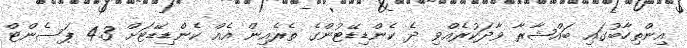
އިންތިހާބުގައި ބައްޝާރާ ވާދަކުރެއްވި ދެ ކެންޑިޑޭޓުންގެ ތެރެއިން އެއް ކެންޑިޑޭޓަށް 4.3 ޕަސެންޓް